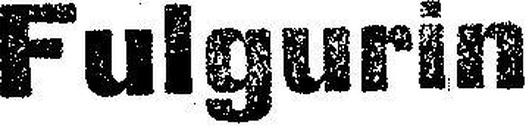
Fulgurin